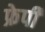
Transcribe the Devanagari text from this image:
फ्रेपी